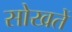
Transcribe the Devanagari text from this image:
सोखतें